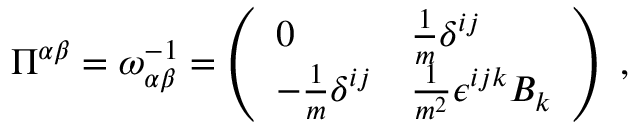
\begin{array} { r } { \Pi ^ { \alpha \beta } = \omega _ { \alpha \beta } ^ { - 1 } = \left( \begin{array} { l l } { 0 } & { \frac { 1 } { m } \delta ^ { i j } } \\ { - \frac { 1 } { m } \delta ^ { i j } } & { \frac { 1 } { m ^ { 2 } } \epsilon ^ { i j k } B _ { k } } \end{array} \right) } \end{array} ,